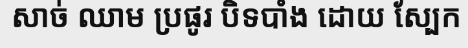
សាច់ ឈាម ប្រផូរ បិទបាំង ដោយ ស្បែក